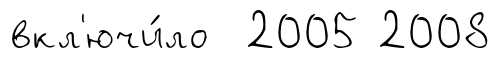
вкл'ючи́ло 2005 2008